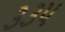
૩૩૫